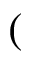
(